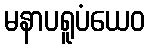
မနာပရူပံယေဝ